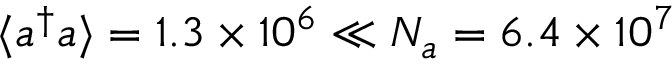
\langle a ^ { \dagger } a \rangle = 1 . 3 \times 1 0 ^ { 6 } \ll N _ { a } = 6 . 4 \times 1 0 ^ { 7 }